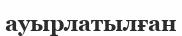
ауырлатылған